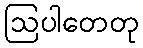
ဩပါတေတု